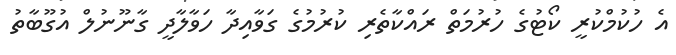
އެ ހުކުމްކުރީ ކޯޓުގެ ހުރުމަތް ރައްކާތެރި ކުރުމުގެ ގަވާއިދާ ހަވާލާދީ ގާނޫނުލް އުގޫބާތު